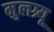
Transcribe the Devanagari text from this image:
मुलग्र्यू